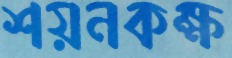
শয়নকক্ষ